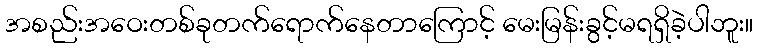
အစည်းအဝေးတစ်ခုတက်ရောက်နေတာကြောင့် မေးမြန်းခွင့်မရရှိခဲ့ပါဘူး။